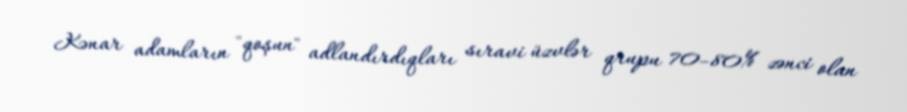
Kənar adamların "qoşun" adlandırdıqları sıravi üzvlər qrupu 70–80% zənci olan